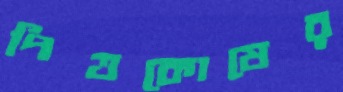
পিত্তকোষের